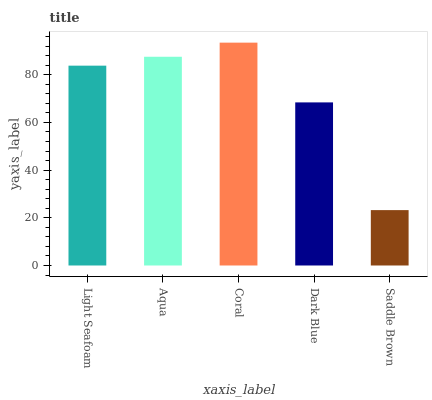
| xaxis_label | bars |
 | --- | --- |
 | Light Seafoam | 83.8 |
 | Aqua | 87.5 |
 | Coral | 93.4 |
 | Dark Blue | 68.4 |
 | Saddle Brown | 23.2 |